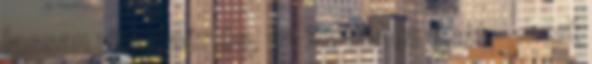
lassan visszaér és, ha itt találja őket – mert